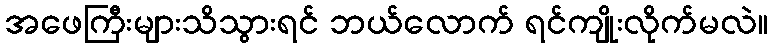
အဖေကြီးများသိသွားရင် ဘယ်လောက် ရင်ကျိုးလိုက်မလဲ။